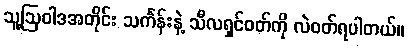
သူ့ဩဝါဒအတိုင်း သင်္ကန်းနဲ့ သီလရှင်ဝတ်ကို လဲဝတ်ရပါတယ်။